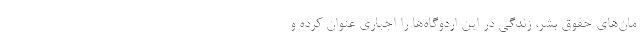
مان‌های حقوق بشر، زندگی در این اردوگاه‌ها را اجباری عنوان کرده و